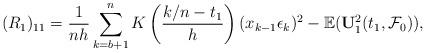
LaTeX: \begin{align*}(R_1)_{11}=\frac{1}{nh} \sum_{k=b+1}^n K\left(\frac{k/n-t_1}{h}\right)(x_{k-1} \epsilon_k)^2-\mathbb{E}(\mathbf{U}_1^2(t_1,\mathcal{F}_0)),\end{align*}